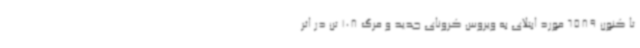
تا کنون 6589 مورد ابتلای به ویروس کرونای جدید و مرگ 108 تن در اثر